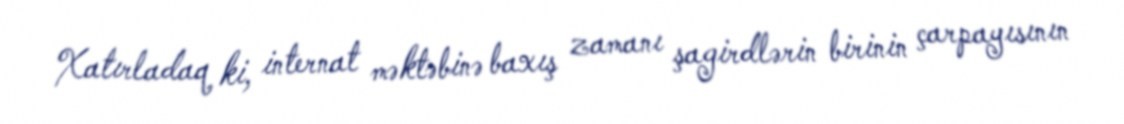
Xatırladaq ki, internat məktəbinə baxış zamanı şagirdlərin birinin çarpayısının